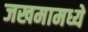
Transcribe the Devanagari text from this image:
जखमामध्ये